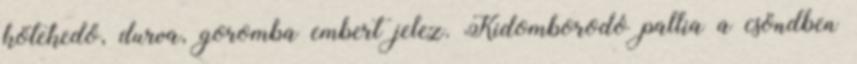
kötekedő, durva, goromba embert jelez. Kidomborodó pallia a csöndben